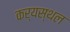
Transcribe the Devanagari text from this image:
कर्यस्थल